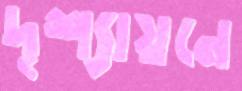
দৃশ্যায়নে